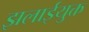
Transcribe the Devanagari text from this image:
झलाईयुक्त